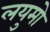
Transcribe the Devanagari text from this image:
लयुमो